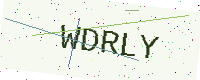
Text: WDRLY